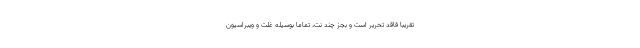
تقریباً فاقد تحریر است و بجز چند نت، تماماً بوسیلهٔ غلت و ویبراسیون